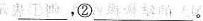
___，②___。